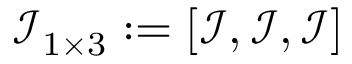
\mathcal { I } _ { 1 \times 3 } : = [ \mathcal { I } , \mathcal { I } , \mathcal { I } ]